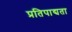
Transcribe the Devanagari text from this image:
प्रतिपाद्यता